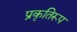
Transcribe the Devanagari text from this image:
प्रकृतिरूप